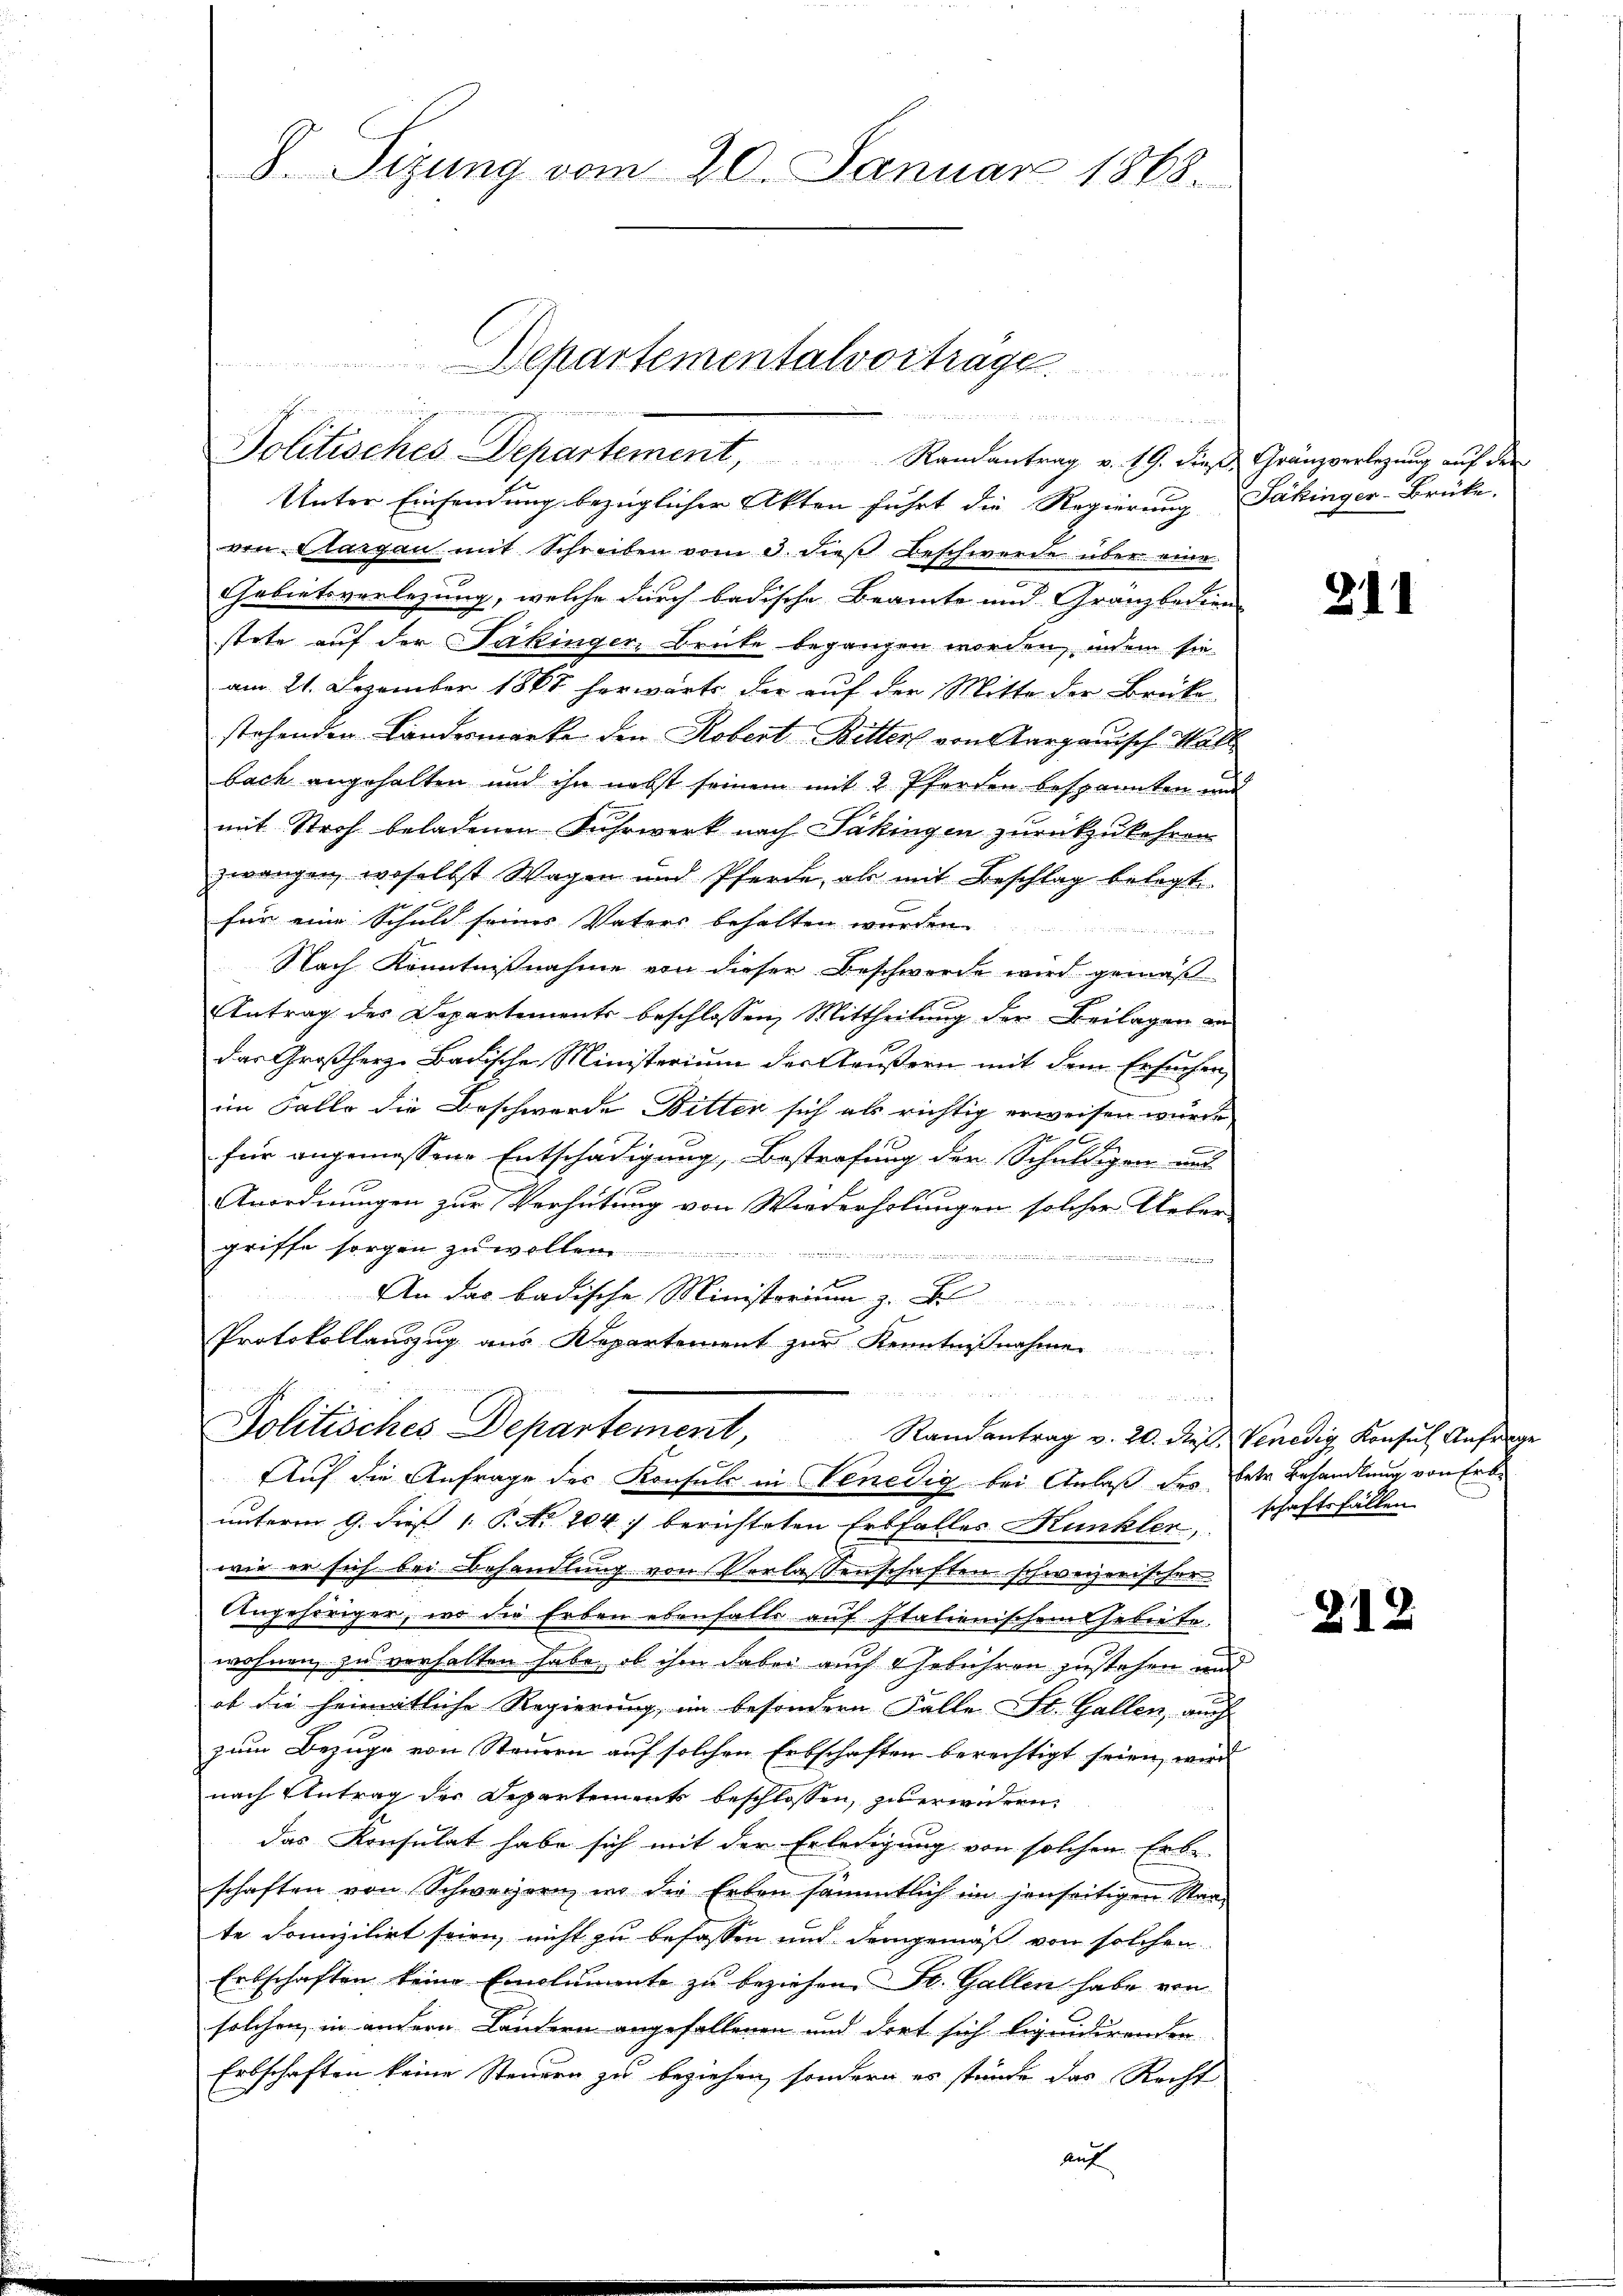
D. Sizung vom 20. Januar 1868.

Unter Einsendung bezüglicher Akten führt die Regierung Jäkinger-Brüke
von Aargau mit Schreiben vom 3. dieß Beschwerde über eine
Gebietsverlegung, welche durch badische Beamte und Granzboden
stete auf der Säkinger, Brüte begangen worden, indem sie
am 21. Dezember 1868 herwärts der auf der Mitte der Brücke
stehenden Landermarke den Robert Bitters von Aargauisch Hall
bach angehalten und ihn nebst seinem mit 2 Pferden bespannten und
mit Stroh beladenen Fuhrwerk nach Säkingen zurückzukehren
zwangen, woselbst Wagen und Pferde, als mit Beschlag belegt.
für eine Schuld seines Vaters behalten wurden.

Nach Kenntnißnahme von dieser Beschwerde wird gemäß
Antrag des Departements beschlossen, Mittheilung der Beilagen an
das Großherz-Badische Ministerium der Aeußern mit dem Ersuchen
im Falle die Beschwerde Bitter sich als richtig erweisen wurde
für angemessene Entschädigung, Bestrafung der Schuldigen und
Anordnungen zur Verhütung von Wiederholungen solcher Ueber
griffe sorgen zu wollen

An das badische Ministerium z
Protokollauszug aus Departement zur Kenntnißnahmen.

e

Politisches Departement, Randantrag v. 19. dieß Gränzverlegung auf den

Departementalvortrage

unterm 9. dies 1. P. Nr. 204. / berichteten Erbfalles Kunkler schaftsfäll
wie er sich bei Behandlung von Verlassenschaften schweizerischer
Angehöriger, wo die Erben ebenfalls auf Italienischem Gebiete
wohnen zu verhalten habe, ob ihm dabei auch Gebühren zustehen und
ob die heimatliche Regierung, im besondern Falle St. Gallen, auch
zum Bezuge von Steuern auf solchen Erbschaften berechtigt seien, wird
nach Antrag des Departements beschlossen, zu erwidern.
das Konsulat habe sich mit der Erledigung von solchen Erb-
schaften von Schweizern in die Erben sämmtlich im jenseitigen Staate domizilirt seien, nicht zu befassen und demgemäß von solchen
Erbschaften keine Emolumente zu beziehen. St. Gallen habe von
solchen in unsern Landern angefallenen und dort sich liquidirenden
Erbschaften keine Steuern zu beziehen, sondern es stünde das Recht
auf

Politisches Departement, Randantrag v. 20. dies Venedig, Konsul Anfange
Auf die Anfrage des Konsuls in Venedig bei Anlaß des Betr. Behandlung von Erb¬

311

212